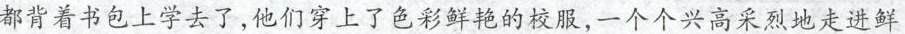
都背着书包上学去了，他们穿上了色彩鲜艳的校服，一个个兴高采烈地走进鲜